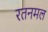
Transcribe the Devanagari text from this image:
रतनमल